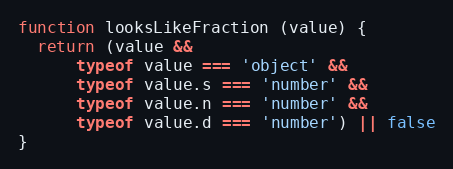
Language: JavaScript
function looksLikeFraction (value) {
  return (value &&
      typeof value === 'object' &&
      typeof value.s === 'number' &&
      typeof value.n === 'number' &&
      typeof value.d === 'number') || false
}